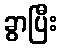
ခွာပြီး